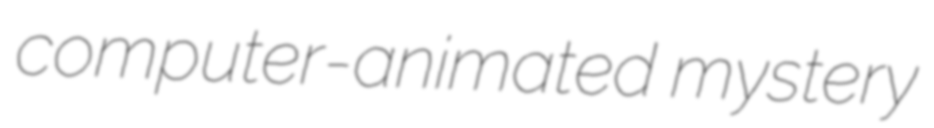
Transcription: computer-animated mystery